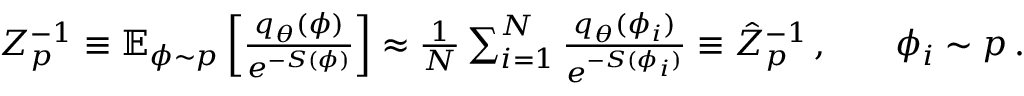
\begin{array} { r l r } { Z _ { p } ^ { - 1 } \equiv \mathbb { E } _ { \phi \sim p } \left[ \frac { q _ { \theta } ( \phi ) } { e ^ { - S ( \phi ) } } \right] \approx \frac { 1 } { N } \sum _ { i = 1 } ^ { N } \frac { q _ { \theta } ( \phi _ { i } ) } { e ^ { - S ( \phi _ { i } ) } } \equiv \hat { Z } _ { p } ^ { - 1 } \, , } & { { } } & { \phi _ { i } \sim p \, . } \end{array}